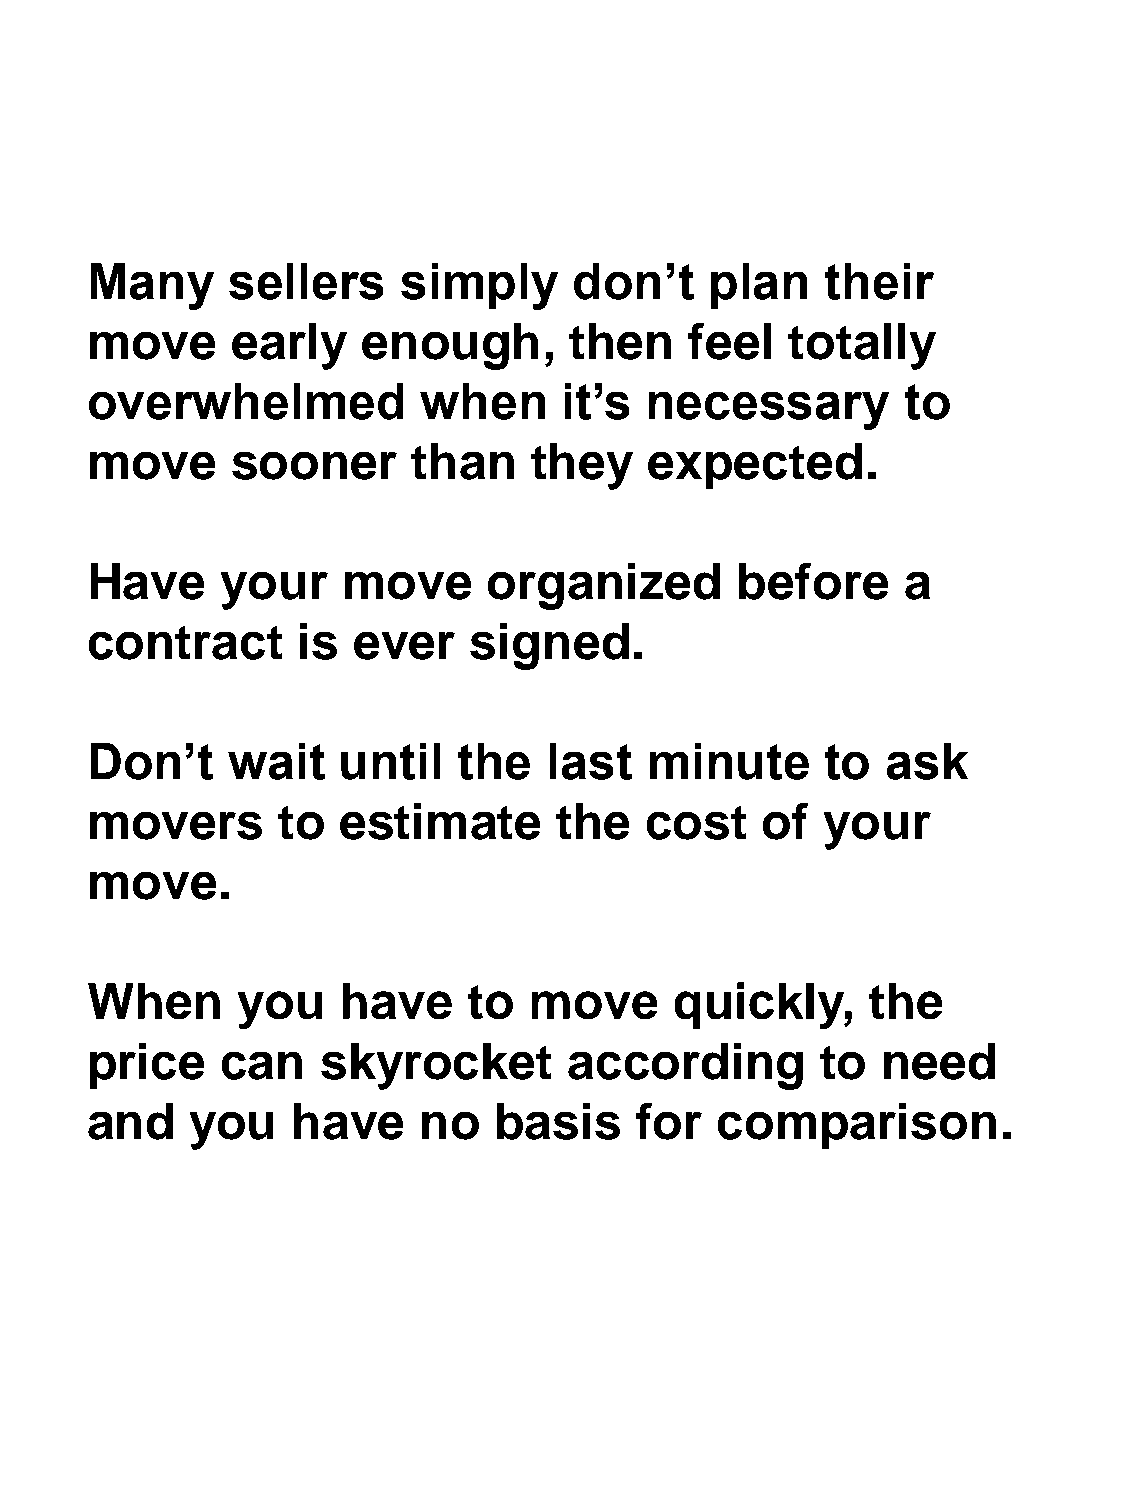
Many     sellers     simply     don’t    plan    their
 move     early    enough,       then    feel  totally
 overwhelmed           when     it’s  necessary        to
 move     sooner      than    they    expected.
 Have     your    move     organized        before     a
 contract      is ever    signed.
 Don’t    wait   until   the   last   minute      to  ask
 movers      to   estimate      the   cost   of   your
 move.
 When      you   have     to  move      quickly,     the
 price    can   skyrocket        according       to  need
 and    you   have     no   basis    for  comparison.